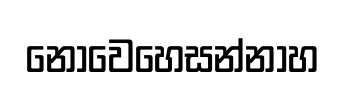
නොවෙහෙසන්නාහ